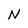
Character: N